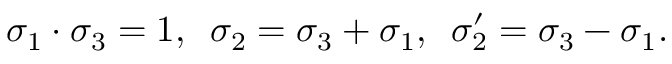
\sigma _ { 1 } \cdot \sigma _ { 3 } = 1 , \enspace \sigma _ { 2 } = \sigma _ { 3 } + \sigma _ { 1 } , \enspace \sigma _ { 2 } ^ { \prime } = \sigma _ { 3 } - \sigma _ { 1 } .